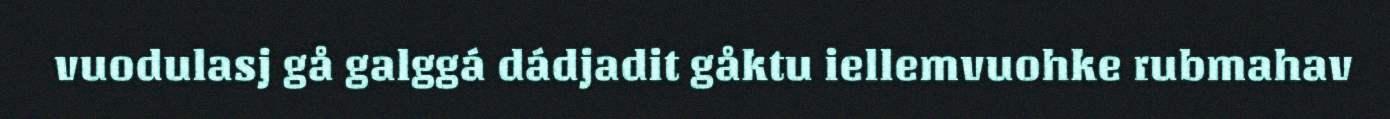
vuodulasj gå galggá dádjadit gåktu iellemvuohke rubmahav